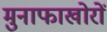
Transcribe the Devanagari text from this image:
मुनाफाखोरों